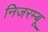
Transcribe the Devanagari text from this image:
निजरम्बू